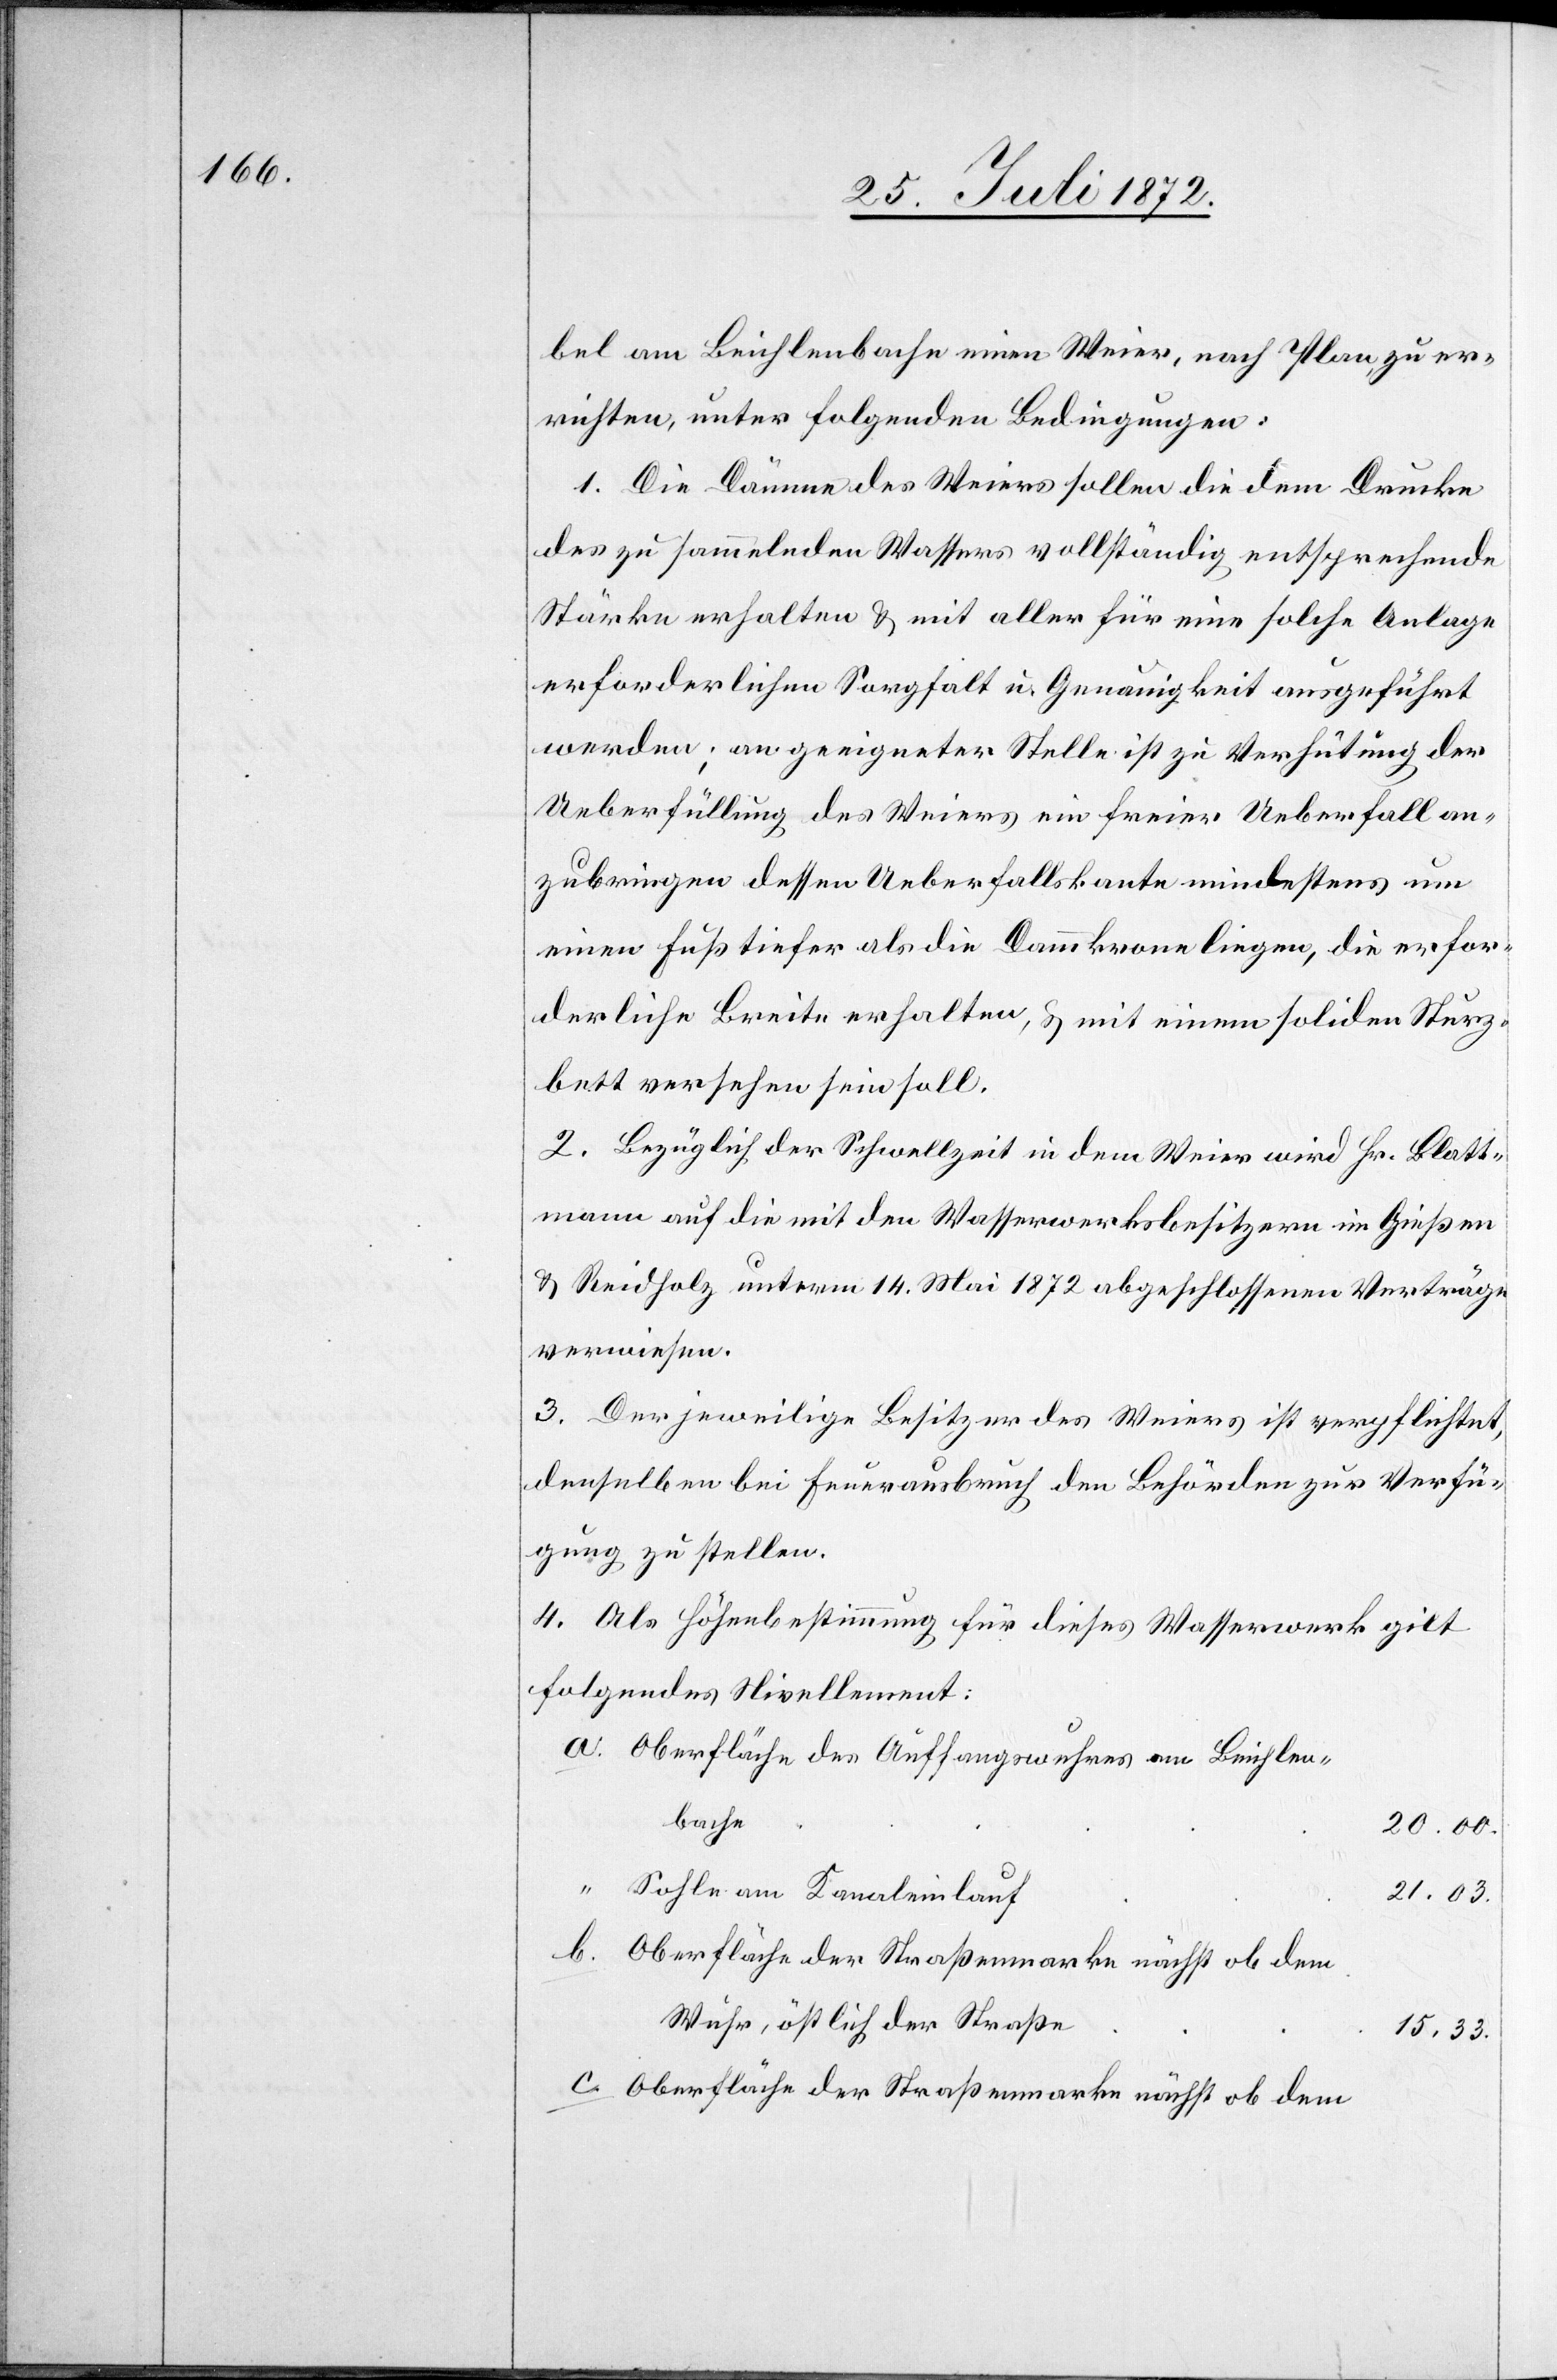
bel am Beichlenbache einen Weier, nach Plan, zu er¬
richten, unter folgenden Bedingungen:
1. Die Dämme des Weiers sollen die dem Drucke
des zu sammelnden Wassers vollständig entsprechende
Stärke erhalten u. mit aller für eine solche Anlage
erforderlichen Sorgfalt u. Genauigkeit ausgeführt
werden; an geeigneter Stelle ist zu Verhütung der
Ueberfüllung des Weiers ein freier Ueberfall an¬
zubringen dessen Ueberfallskante mindestens um
einen Fuß tiefer als die Dammkrone liegen, die erfor¬
derliche Breite erhalten, u. mit einem soliden Sturz¬
bett versehen sein soll.
2. Bezüglich der Schwellzeit in dem Weier wird Hr. Blatt¬
mann auf die mit den Wasserwerksbesitzern im Gießen
u. Reidholz unterm 14. Mai 1872 abgeschlossenen Verträge
verwiesen.
3. Der jeweilige Besitzer des Weiers ist verpflichtet,
denselben bei Feuerausbruch den Behörden zur Verfü¬
gung zu stellen.
4. Als Höhenbestimmung für dieses Wasserwerk gilt
folgendes Nivellement:
Oberfläche des Auffangswuhres am Beichlen¬
bache
20.00.
Sohle am Kanaleinlauf
21.03.
Oberfläche der Straßenmarke nächst ob dem
Wuhr, östlich der Straße
15.33.
Oberfläche der Straßenmarke nächst ob dem